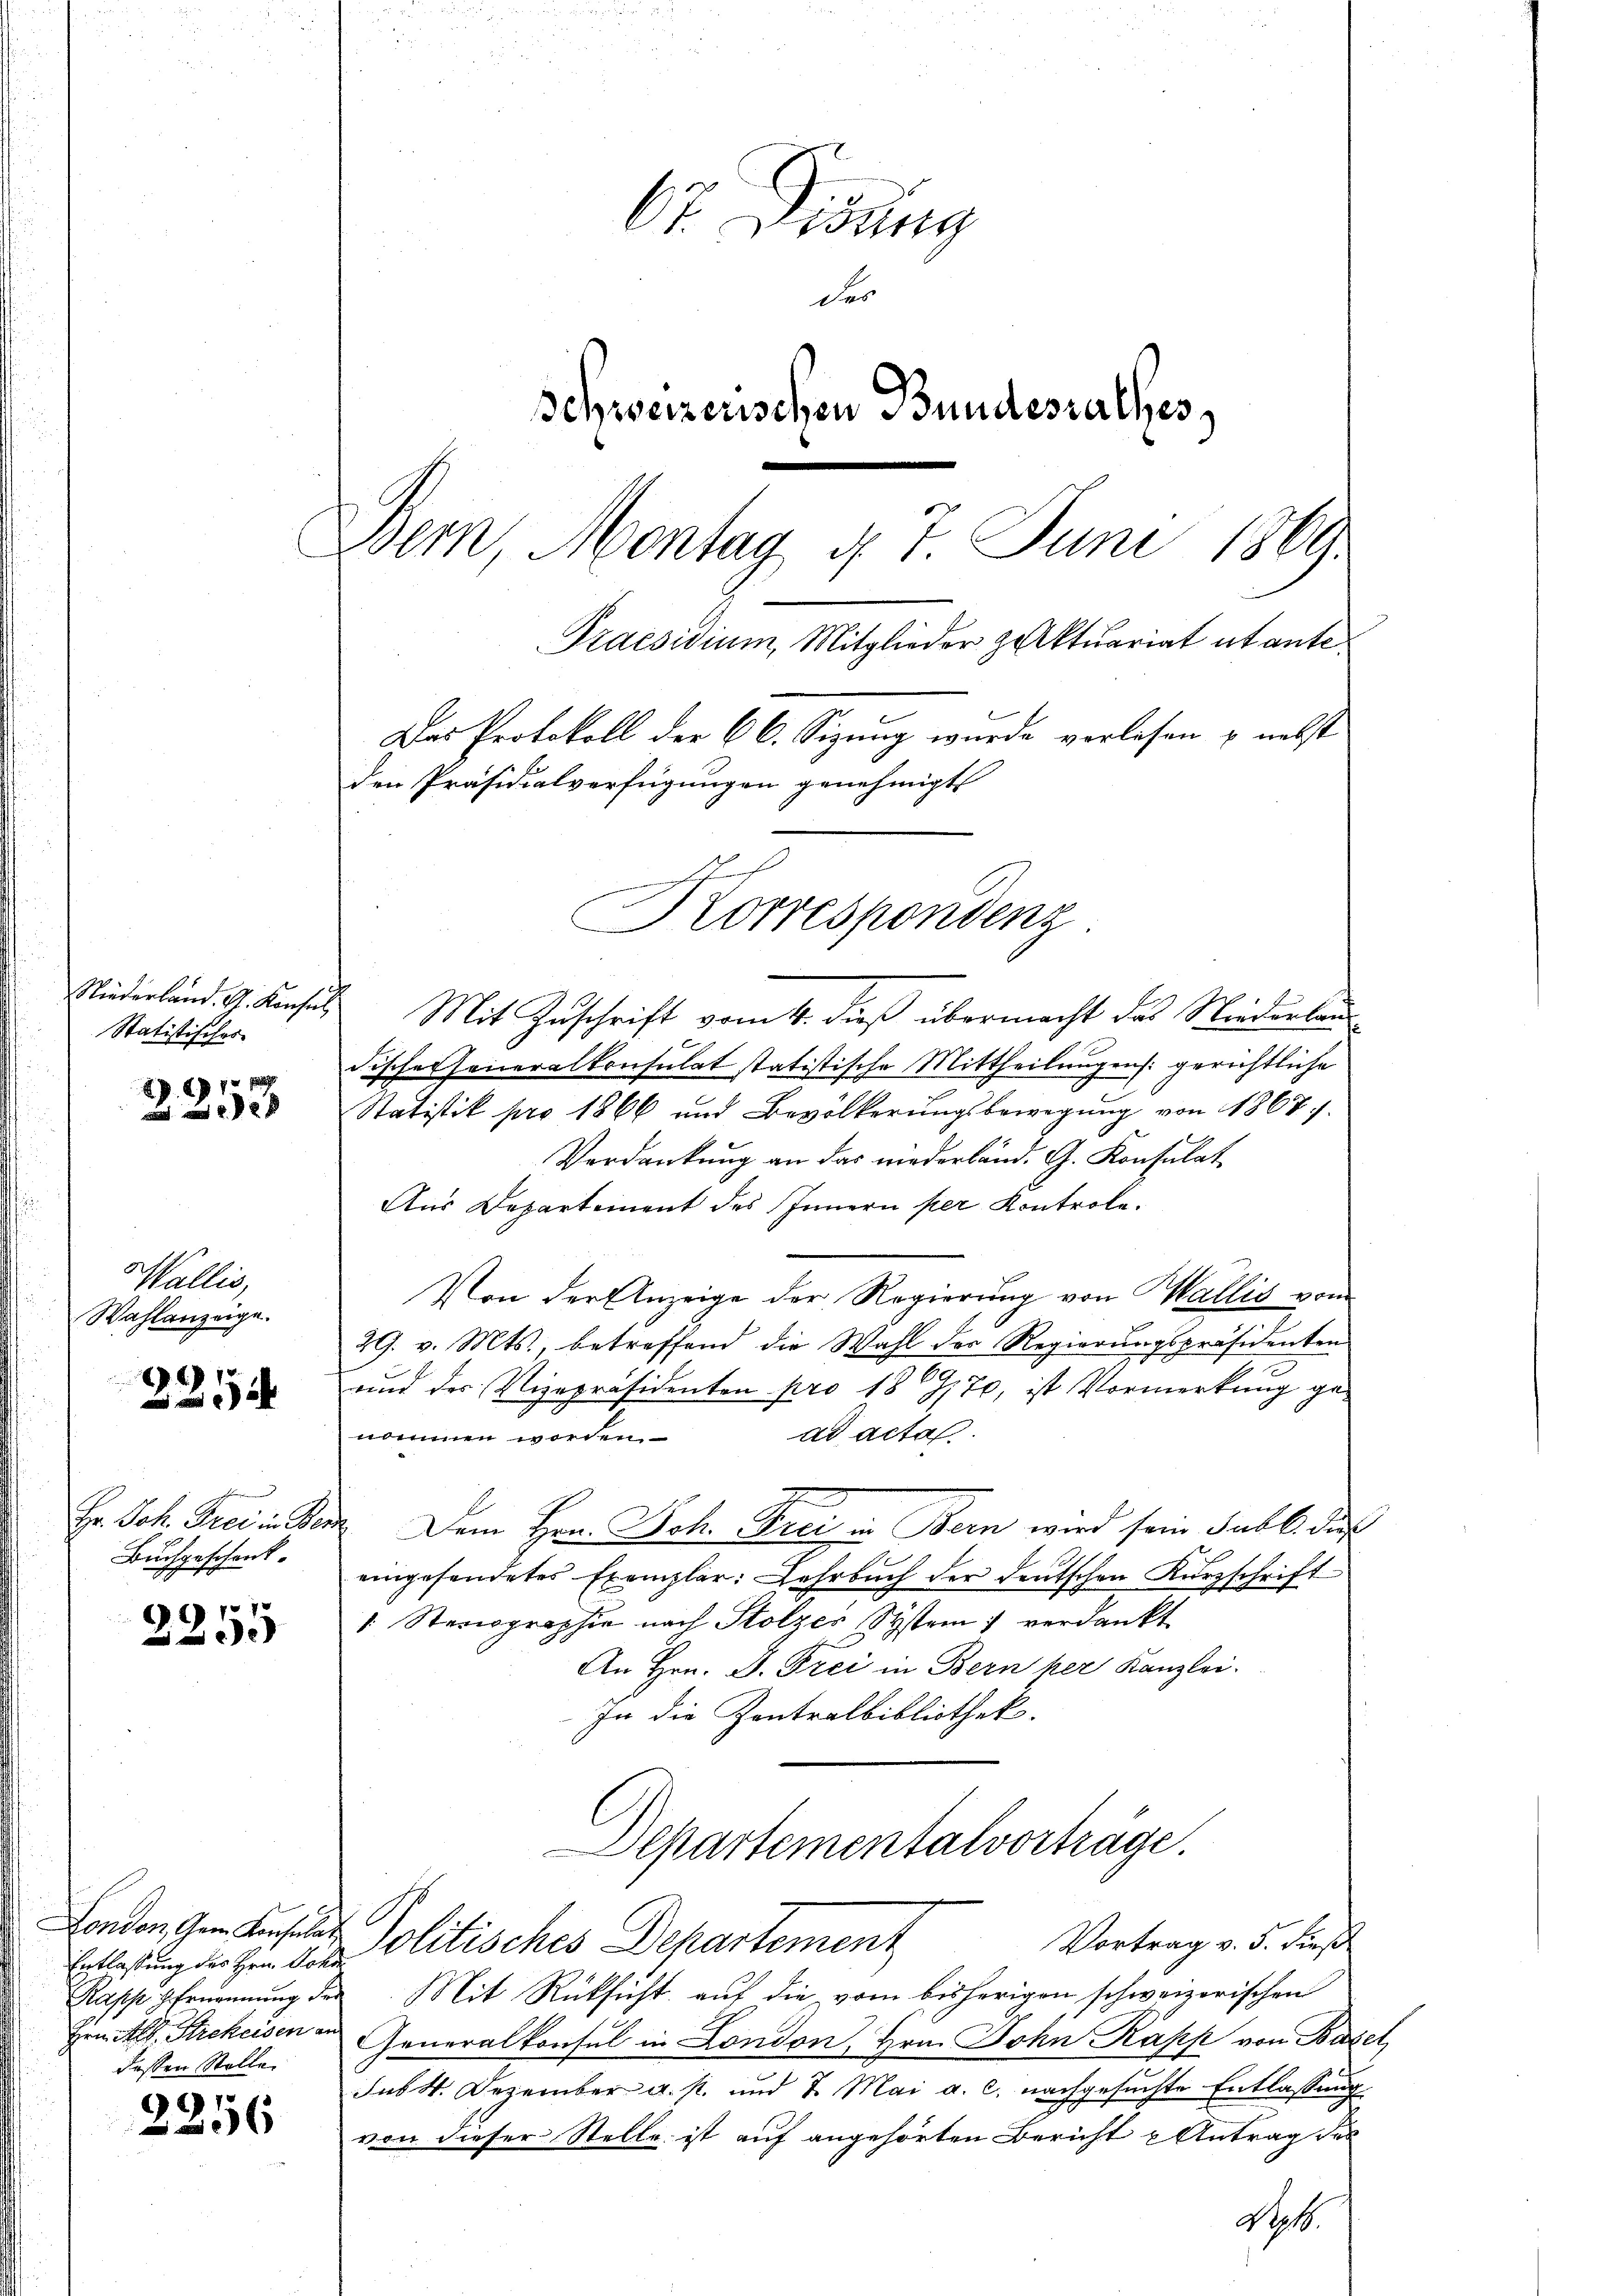
Niederland. G. Konsul
Statistischer

7x x
 x

Wallis,
Wahlanzeige.

2254

Er. Joh. Frei in Ber
Buchgeschenk.

2255

London, Gem. Konsulat
Entlassung des Hrn. Joha
Rapp Ernennung der
dessen Stelle

2256

67. Disung
der
Schweizerischen Bundesrathes
Bern, Montag d. 7. Juni 1869
Praesidium, Mitglieder zuktuariat utante
Das Protokoll der 66. Sizung wurde verlesen u. nebst
den Präsidialverfügungen genehmigt

Mit Zuschrift vom 4. dieß übermacht das Niederlan¬
Fisches Generalkonsulat statistische Mittheilungen: gerichtliche
Statistik pro 1866 und Bevölkerungsbewegung von 1868.
Verdankung an das niederländ. G. Konsulat
Aus Departement des Innern per Kontrole.
Von der Anzeige der Regierŭng von Wallis vom
29. v. Mts. betreffend die Wahl der Regierŭngspräsidenten
und der Vizepräsidenten pro 18970, ist Vormerkung gead acta.
nommen worden.
2. Dem Hrn. Joh. Frei in Bern wird sein Publi dies
eingesendetes Exemplar: Lehrbuch der deutschen Kurzschrift
/ Stenographie nach Stolzer System 7 verdankt
An Hrn. D. Frei in Bern per Kanzlei.
In die Zentralbibliothek.
Departementalvorträge.
Vortrag v. 5. dieß
Politisches Departement
Mit Rücksicht auf die vom bisherigen schweizerischen
Hrn. Alb. Strekeisen an Generalkonsul in London, Hrn. John Kapp von Basel,
Sub. 4. Dezember a. p. und 7. Mai a. c. nachgesuchte Entlassung
von dieser Stelle ist auf angehörten Bericht u Antrag des
Negt.

Korrespondenz